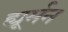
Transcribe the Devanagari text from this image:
ह्यूर्मन